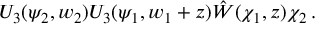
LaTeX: U _ { 3 } ( \psi _ { 2 } , w _ { 2 } ) U _ { 3 } ( \psi _ { 1 } , w _ { 1 } + z ) \hat { W } ( \chi _ { 1 } , z ) \chi _ { 2 } \, .